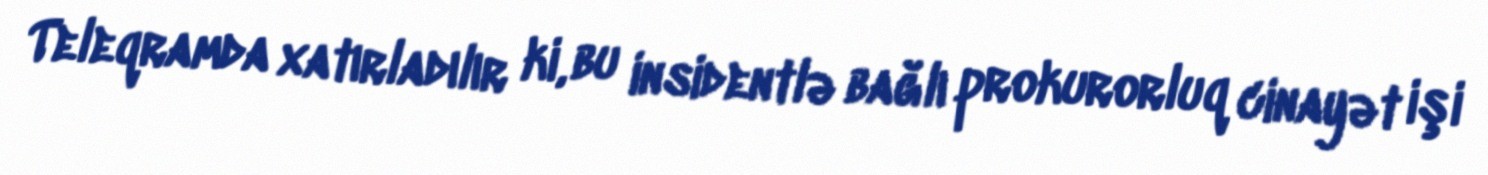
Teleqramda xatırladılır ki, bu insidentlə bağlı prokurorluq cinayət işi